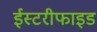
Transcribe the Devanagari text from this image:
ईस्टरीफाइड